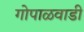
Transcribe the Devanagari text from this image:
गोपाळवाडी